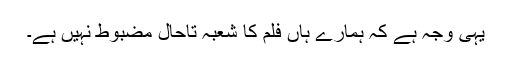
یہی وجہ ہے کہ ہمارے ہاں فلم کا شعبہ تاحال مضبوط نہیں ہے۔